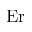
\mathrm { E r }